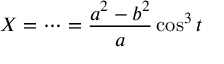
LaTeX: X = \cdots = { \frac { a ^ { 2 } - b ^ { 2 } } { a } } \cos ^ { 3 } t